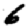
Digit: 6